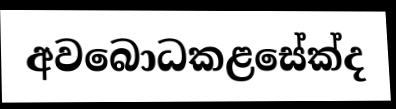
අවබොධකළසේක්ද